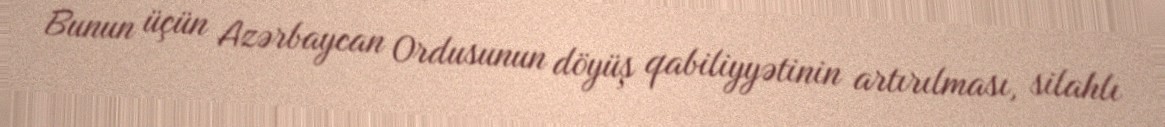
Bunun üçün Azərbaycan Ordusunun döyüş qabiliyyətinin artırılması, silahlı